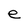
Character: e